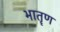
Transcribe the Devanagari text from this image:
भातॄण